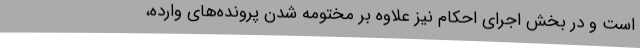
است و در بخش اجرای احکام نیز علاوه‌ بر مختومه شدن پرونده‌های وارده،